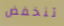
تنخفض